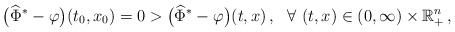
\begin{align*}\big({\widehat{\Phi}}^* - \varphi\big)(t_0,x_0) = 0 > \big({\widehat{\Phi}}^* - \varphi\big)(t,x)\,, \ \ \forall\ (t,x)\in (0,\infty) \times \mathbb{R}_{+}^n\,,\end{align*}